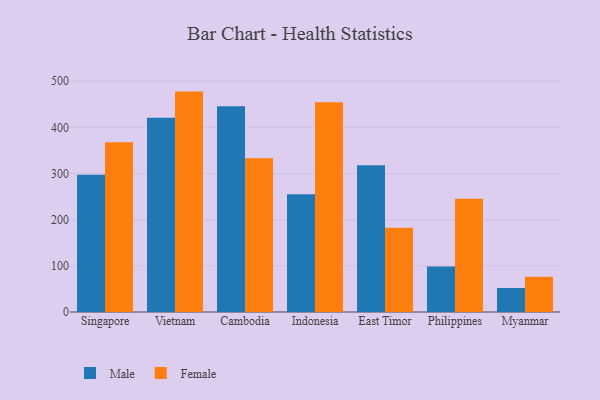
{"axis": {"x": "Country", "y": "Bounce Rate (%)"}, "legend": ["Female", "Male"], "data": [{"x": "Singapore", "y": 297.5, "type": "Male"}, {"x": "Singapore", "y": 367.5, "type": "Female"}, {"x": "Vietnam", "y": 420.5, "type": "Male"}, {"x": "Vietnam", "y": 477.4, "type": "Female"}, {"x": "Cambodia", "y": 445.9, "type": "Male"}, {"x": "Cambodia", "y": 333.1, "type": "Female"}, {"x": "Indonesia", "y": 255.1, "type": "Male"}, {"x": "Indonesia", "y": 454.1, "type": "Female"}, {"x": "East Timor", "y": 317.8, "type": "Male"}, {"x": "East Timor", "y": 182.3, "type": "Female"}, {"x": "Philippines", "y": 98.8, "type": "Male"}, {"x": "Philippines", "y": 245.3, "type": "Female"}, {"x": "Myanmar", "y": 52.1, "type": "Male"}, {"x": "Myanmar", "y": 76.4, "type": "Female"}]}